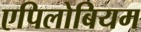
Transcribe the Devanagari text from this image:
एपिलोबियम